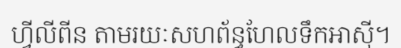
ហ្វីលីពីន តាមរយៈសហព័ន្ធហែលទឹកអាស៊ី។